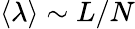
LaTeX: \left<\lambda\right>\sim L/N